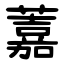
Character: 䕒